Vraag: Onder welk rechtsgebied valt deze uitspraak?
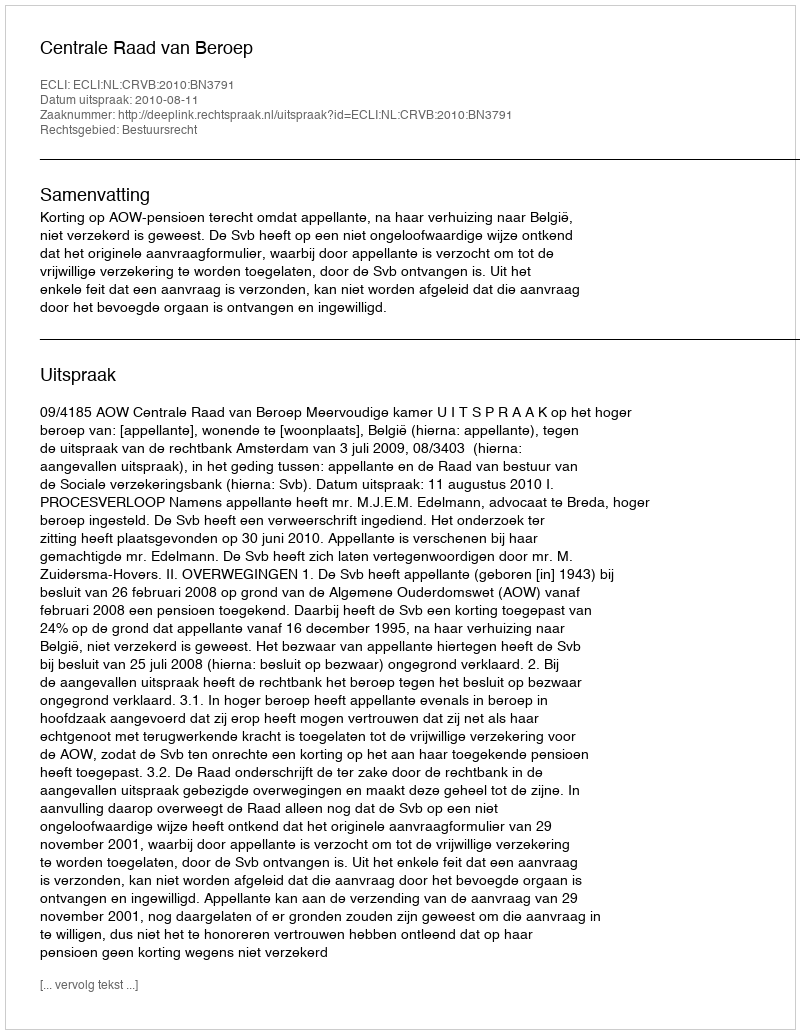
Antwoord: Bestuursrecht